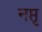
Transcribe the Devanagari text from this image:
नप्तृ